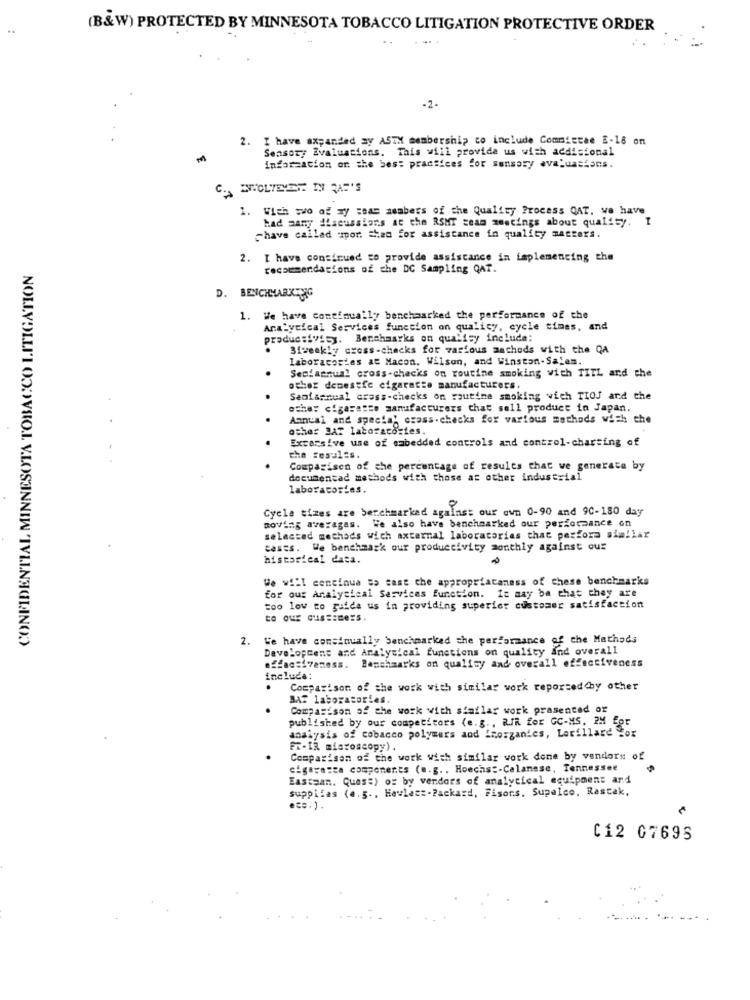
(B&W) PROTECTED BY MINNESOTA TOBACCO LITIGATION PROTECTIVE ORDER
-2.
2. I have expanded ay ASTH membership co include Committee E-18 on
Sensory Evaluations. This will provide us with additional
information on the best practices for sensory evaluacions.
1. Wich wwo of wy team members of the Quality Process QAT, we have
had many discussions at the RSMT seam meetings about qualisy.
chave called spor them for assistance in quality matters.
2. I have continued to provide assistance in implementing the
CONFIDENTIAL MINNESOTA TOBACCO LITIGATION
recommendations of che DC Sampling QAT.
D. BENCHMARKING
1. We have continually benchaarked the performance of the
Analytical Services function on qualicy, cycle times, and
produc:fvf5y. Benchmarks on quality include:
Biweekly cross-checks for various machods with the QA
laboratories at Macon. Wilson, and Winston-Salem.
Seciannual cross-checks on routine smoking with TITL and the
other demestfe cigarette manufacturers.
Seofannual cross-checks on routine smoking wich TIOJ and the
oshey cigarette manufacturers that sell product in Japan.
Annual and specta' cross-checks for various methods with the
other DAT laboratories.
Excarsive use of embedded controls and control-charting of
the results.
Compagisen of the percentage of results that we generata by
documentad methods with those as other industrial
laboratories.
Cycle tizes are berchmarked against our own 0-90 and 90-180 day
moving averages. We also have benchmarked our performance on
selected methods wich axternal laboratories that perfora sim!lar
cases. We benchmark our productivity monthly against ous
historical data.
We will continua so cast che appropriataness of these benchmarks
for our Analytical Services function. It may be that they are
too low to gafde us in providing superior customer satisfaction
2. We have consinually benchmarked the performance of the Mathads
Development and Analysical functions on quality and overall
effacsivamess. Benchmarks on quality and overall effectiveness
include:
.
Comparison of the work with similar work reported by other
BAT laboratories.
.
Comparison of the work with similar work prasented or
published by our competitors (e.g ., RIR for GC-MS. IM for
analysis of cobacco polymers and imorganics, Lorillard for
Fr-IR misroscopy).
Comparison of the work with similar work done by vendors of
cigarette components (e.g ., Hoechst-Celanese, Tennessee
Eastsan. Guess) or by vendors of analytical equipment and
supplias (e.g ., Hewlett-Packard, Fisons. Supalco, Rastak,
C12 07695